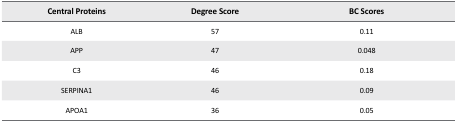
<table><thead><tr><td><b>Central Proteins</b></td><td><b>Degree Score</b></td><td><b>BC Scores</b></td></tr></thead><tbody><tr><td>ALB</td><td>57</td><td>0.11</td></tr><tr><td>APP</td><td>47</td><td>0.048</td></tr><tr><td>C3</td><td>46</td><td>0.18</td></tr><tr><td>SERPINA1</td><td>46</td><td>0.09</td></tr><tr><td>APOA1</td><td>36</td><td>0.05</td></tr></tbody></table>